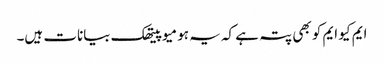
ایم کیو ایم کو بھی پتہ ہے کہ یہ ہومیو پیتھک بیانات ہیں۔